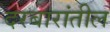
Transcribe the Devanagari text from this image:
दरबारांतील